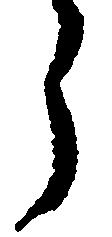
う